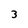
Character: 3